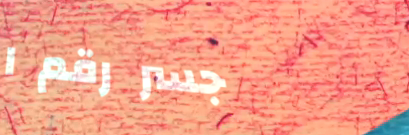
جسر رقم ١